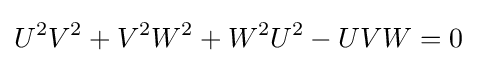
U^{2}V^{2}+V^{2}W^{2}+W^{2}U^{2}-UVW=0